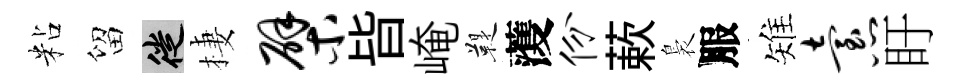
粘留徙棲檗𣅜崦鞮𮑮份蔌裊服雉怠盱